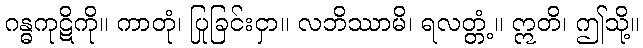
ဂန္ဓကုဋိကို။ ကာတုံ၊ ပြုခြင်းငှာ။ လဘိဿာမိ၊ ရလတ္တံ့။ ဣတိ၊ ဤသို့။